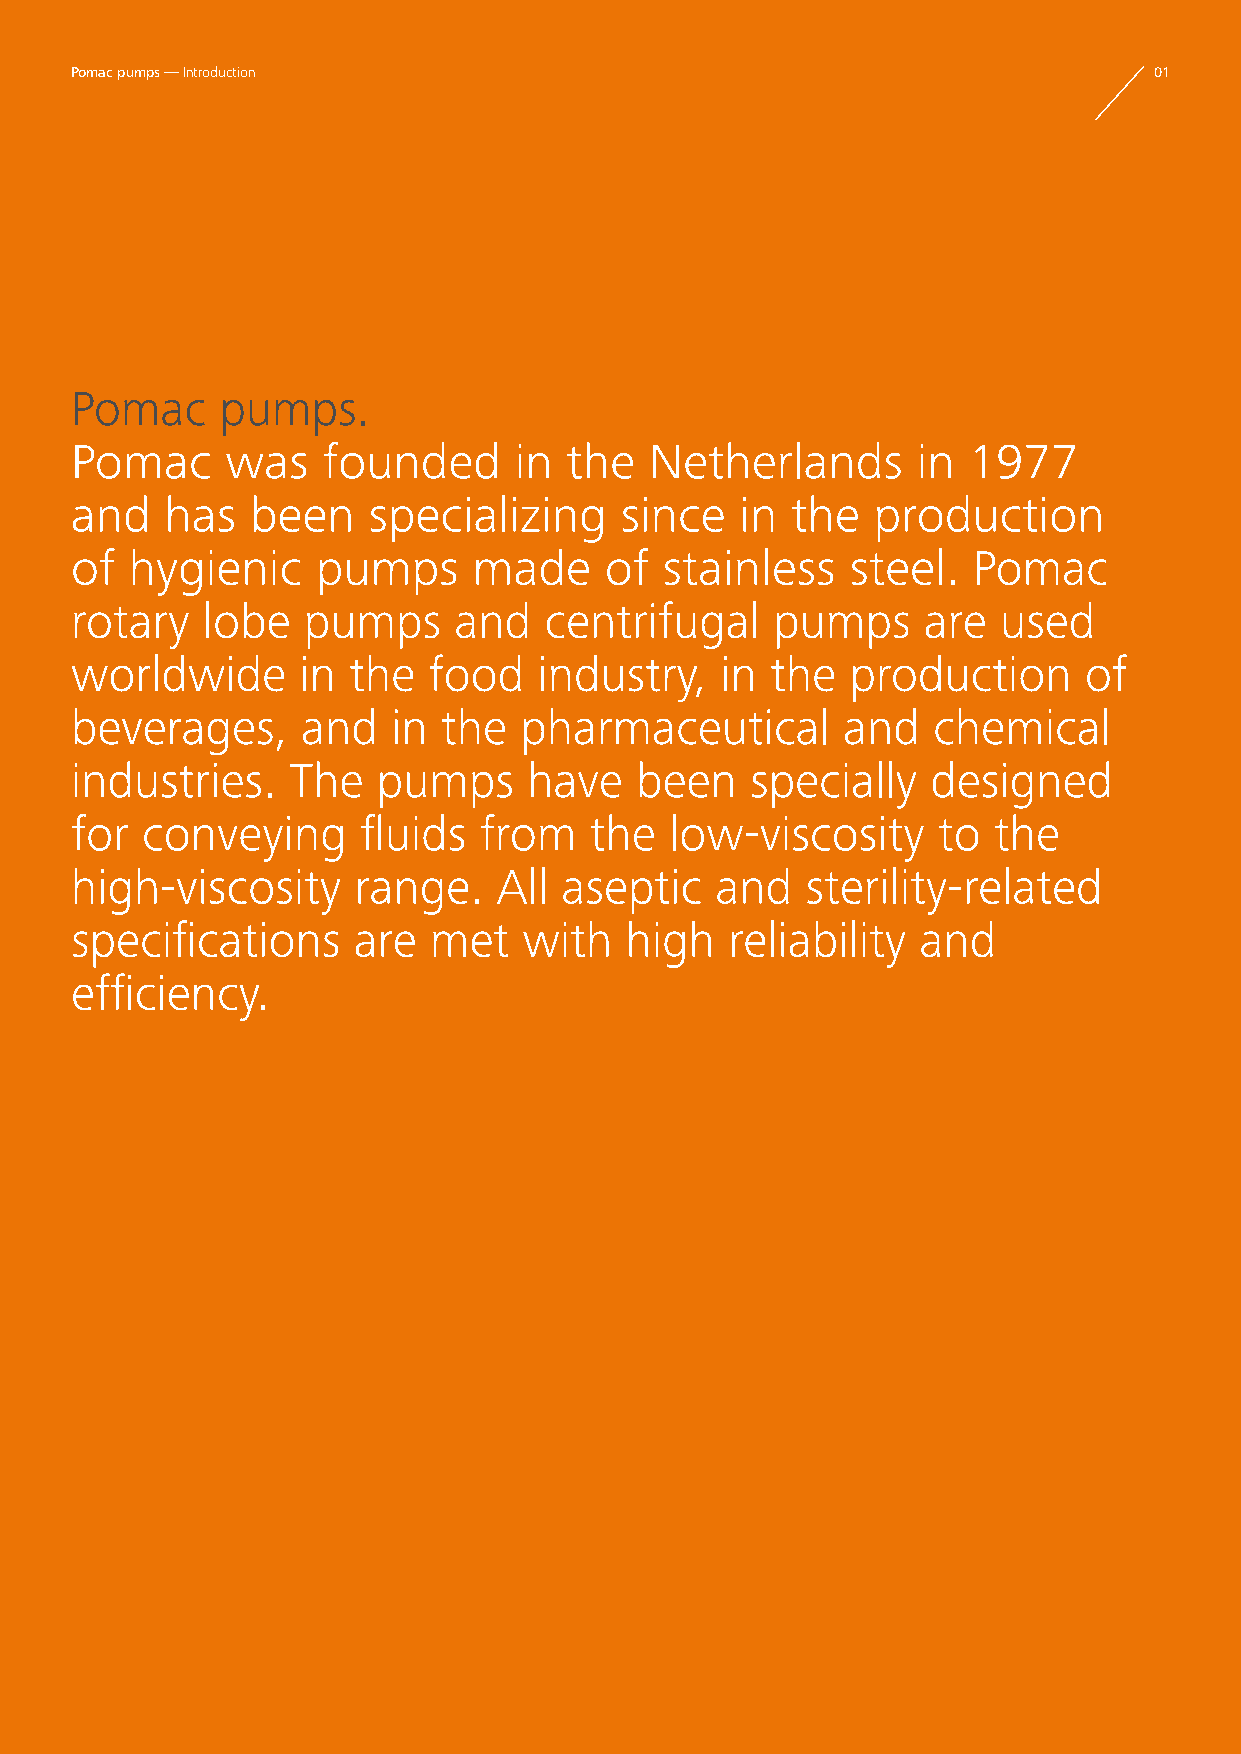
Pomac pumps — Introduction                                             01
 Pomac     pumps.
 Pomac     was   founded      in the   Netherlands       in 1977
 and   has   been   specializing     since   in the   production
 of  hygienic    pumps     made     of  stainless   steel.  Pomac
 rotary  lobe   pumps     and   centrifugal    pumps     are  used
 worldwide      in the  food    industry,   in the  production      of
 beverages,     and   in the  pharmaceutical        and   chemical
 industries.   The   pumps     have   been    specially   designed
 for conveying      fluids  from   the  low-viscosity     to  the
 high-viscosity    range.    All aseptic   and   sterility-related
 specifications    are  met    with  high   reliability  and
 efficiency.